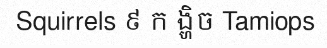
Squirrels ៩ ក ង្ហិច Tamiops